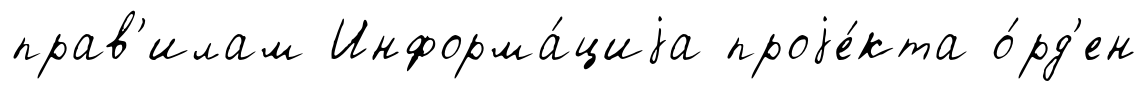
прав'илам Информа́циjа проjе́кта о́рд'ен